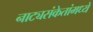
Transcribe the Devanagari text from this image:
नाट्यसंकेतांमध्ये